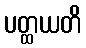
ပတ္ထယတိ